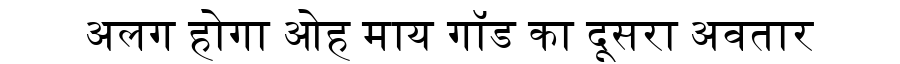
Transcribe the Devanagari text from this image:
अलग होगा ओह माय गॉड का दूसरा अवतार